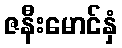
ဇနီးမောင်နှံ